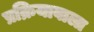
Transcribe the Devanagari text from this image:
प्रक्रियावाला